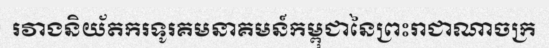
រវាងនិយ័តករទូរគមនាគមន៍កម្ពុជានៃព្រះរាជាណាចក្រ